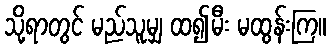
သို့ရာတွင် မည်သူမျှ ထ၍မီး မထွန်းကြ။